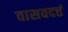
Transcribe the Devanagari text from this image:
वासवदत्तं